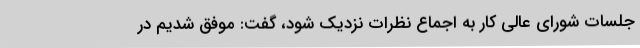
جلسات شورای عالی کار به اجماع نظرات نزدیک شود، گفت: موفق شدیم در